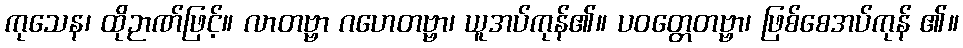
ကုသေန၊ ထိုဉာဏ်ဖြင့်။ လာတဗ္ဗာ ဂဟေတဗ္ဗာ၊ ယူအပ်ကုန်၏။ ပဝတ္တေတဗ္ဗာ၊ ဖြစ်စေအပ်ကုန် ၏။